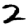
Digit: 2